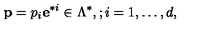
{ \bf p } = p _ { i } { \bf e } ^ { * i } \in \Lambda ^ { * } , ; i = 1 , \dots , d ,